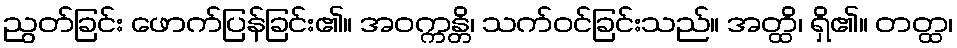
ညွတ်ခြင်း ဖောက်ပြန်ခြင်း၏။ အဝက္ကန္တိ၊ သက်ဝင်ခြင်းသည်။ အတ္ထိ၊ ရှိ၏။ တတ္ထ၊